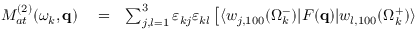
\begin{array} { r l r } { { \cal M } _ { a t } ^ { ( 2 ) } ( \omega _ { k } , \mathbf { q } ) } & { { } = } & { \sum _ { j , l = 1 } ^ { 3 } \varepsilon _ { k j } \varepsilon _ { k l } \left[ \langle w _ { j , 1 0 0 } ( \Omega _ { k } ^ { - } ) | F ( \mathbf { q } ) | { w } _ { l , 1 0 0 } ( \Omega _ { k } ^ { + } ) \rangle \right. } \end{array}